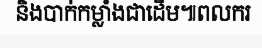
និងបាក់កម្លាំងជាដើម៕ពលករ